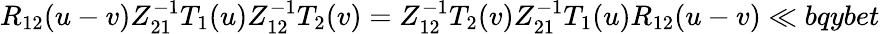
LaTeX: {R}_{12}(u-v)Z_{21}^{-1}T_{1}(u)Z_{12}^{-1}T_{2}(v)=Z_{12}^{-1}T_{2}(v)Z_{21}^{-1}T_{1}(u){R}_{12}(u-v)\ll{bqybet}